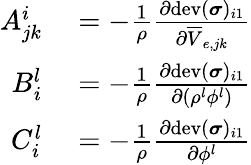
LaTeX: \begin{array}{rl}{A_{jk}^{i}}&{{}=-\frac{1}{\rho}\frac{\partial\mathrm{dev}(\boldsymbol\sigma)_{i1}}{\partial\overline{{V}}_{e,jk}}}\\ {B_{i}^{l}}&{{}=-\frac{1}{\rho}\frac{\partial\mathrm{dev}(\boldsymbol\sigma)_{i1}}{\partial(\rho^{l}\phi^{l})}}\\ {C_{i}^{l}}&{{}=-\frac{1}{\rho}\frac{\partial\mathrm{dev}(\boldsymbol\sigma)_{i1}}{\partial\phi^{l}}}\end{array}